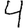
Digit: 4